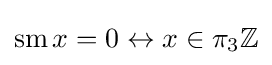
\operatorname {sm} x=0\leftrightarrow x\in \pi _{3}\mathbb {Z}